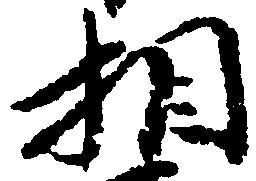
相